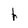
Character: h